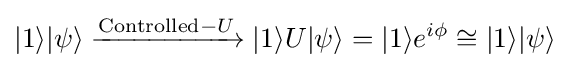
|1\rangle |\psi \rangle \xrightarrow {{\text{Controlled}}-U} |1\rangle U|\psi \rangle =|1\rangle e^{i\phi }\cong |1\rangle |\psi \rangle